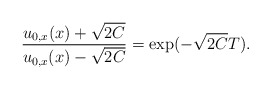
\begin{align*} \frac{u_{0,x}(x)+\sqrt{2C}}{u_{0,x}(x)-\sqrt{2C}}= \exp(-\sqrt{2C}T).\end{align*}